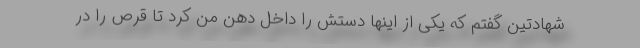
شهادتین گفتم كه یكی از اینها دستش را داخل دهن من كرد تا قرص را در